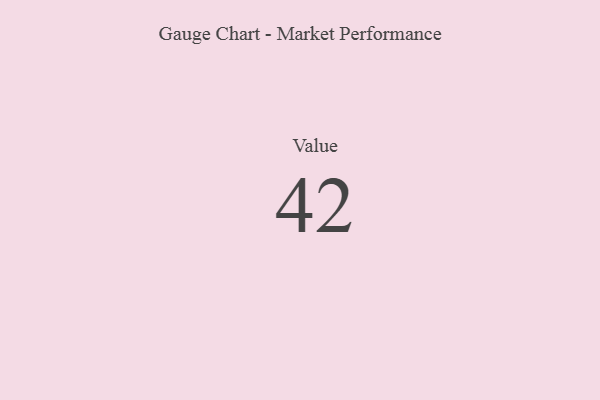
{"axis": {"x": "Metric", "y": "Value"}, "legend": [""], "data": [{"x": "Value", "y": 42, "type": ""}]}